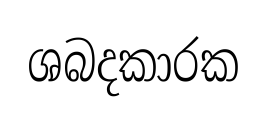
ශබදකාරක